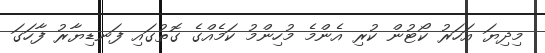
މިދިޔަ އަހަރު ކޯޓުން ކުރި އެންމެ މުހިންމު ކަމެއްގެ ގޮތުގައި ފަނޑިޔާރު ފާހަގަ